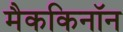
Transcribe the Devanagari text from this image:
मैककिनॉन